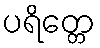
ပရိတ္တေ